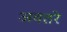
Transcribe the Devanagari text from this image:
अवतरे